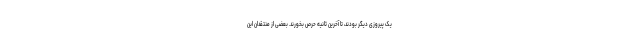
یک پیروزی دیگر بودند، تا آخرین ثانیه حرص بخورند. بعضی از منتقدان این